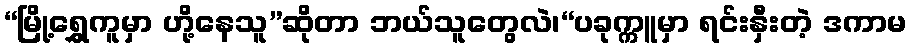
“မြို့ရွှေကူမှာ ဟို့နေသူ”ဆိုတာ ဘယ်သူတွေလဲ၊“ပခုက္ကူမှာ ရင်းနှီးတဲ့ ဒကာမ